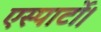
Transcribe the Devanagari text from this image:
एस्पार्टो।